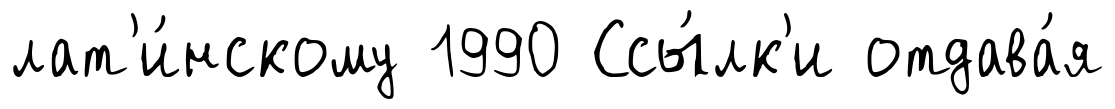
лат'и́нскому 1990 Ссы́лк'и отдава́я